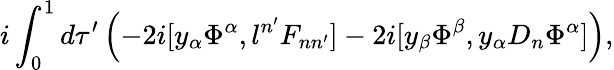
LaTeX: i\int_{0}^{1}d\tau^{\prime}\left(-2i[y_{\alpha}\Phi^{\alpha},l^{n^{\prime}}F_{nn^{\prime}}]-2i[y_{\beta}\Phi^{\beta},y_{\alpha}D_{n}\Phi^{\alpha}]\right),